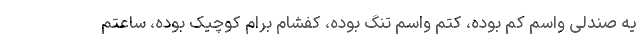
یه صندلی واسم کم بوده، کتم واسم تنگ بوده، کفشام برام کوچیک بوده، ساعتم